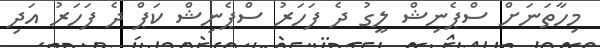
މިހާތަނަށް ސްޕެނިޝް ލީގު ދެ ފަހަރު ސްޕެނިޝް ކަޕް ދެ ފަހަރު އަދި